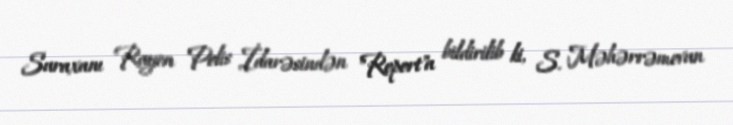
Suraxanı Rayon Polis İdarəsindən "Report"a bildirilib ki, S. Məhərrəmovun